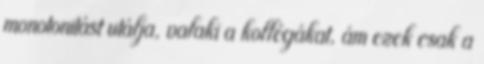
monotonitást utálja, valaki a kollégákat, ám ezek csak a